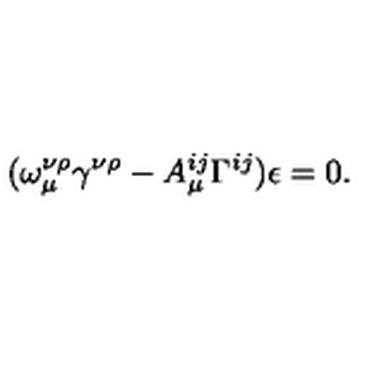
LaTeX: ( \omega _ { \mu } ^ { \nu \rho } \gamma ^ { \nu \rho } - A _ { \mu } ^ { i j } \Gamma ^ { i j } ) \epsilon = 0 .